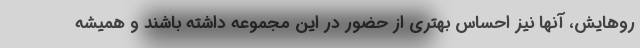
روهایش، آنها نیز احساس بهتری از حضور در این مجموعه داشته باشند و همیشه